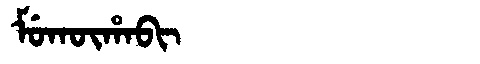
Manchu: ᠮᡠᡴᡡᡥᠠᠪᡳ
Romanization: MUKŪHABI